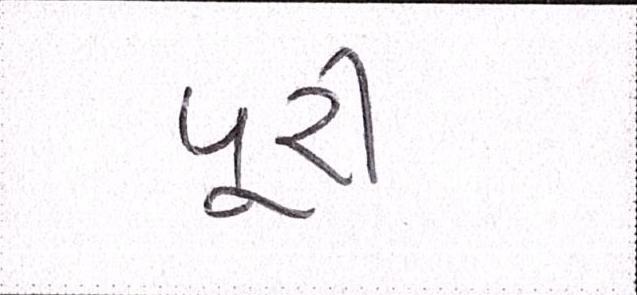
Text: પૂરી